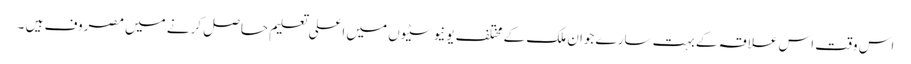
اس وقت اس علاقہ کے بہت سارے جوان ملک کے مختلف یونیوسٹیوں میں اعلی تعلیم حاصل کرنے میں مصروف ہیں ۔